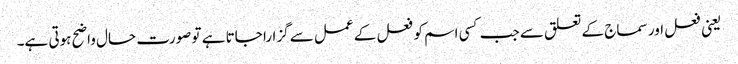
یعنی فعل اور سماج کے تعلق سے جب کسی اسم کو فعل کے عمل سے گزارا جاتا ہے تو صورت حال واضح ہوتی ہے۔